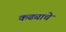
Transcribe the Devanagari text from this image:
कढ्याचे